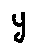
y